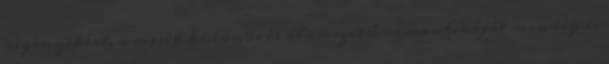
regényekért, a mesék különös és álomszerű romantikáját mindig is